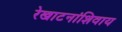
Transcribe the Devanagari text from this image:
रेखाटनांशिवाय